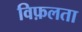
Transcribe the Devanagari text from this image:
विफ़लता